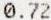
0.72